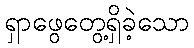
ရှာဖွေတွေ့ရှိခဲ့သော